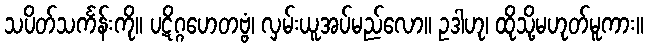
သပိတ်သင်္ကန်းကို။ ပဋိဂ္ဂဟေတဗ္ဗံ၊ လှမ်းယူအပ်မည်လော။ ဥဒါဟု၊ ထိုသို့မဟုတ်မူကား။